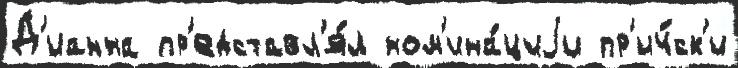
Д'ианна пр'едставл'я́л ном'ина́циjи пр'ич́ск'и